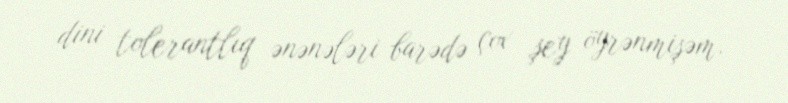
dini tolerantlıq ənənələri barədə çox şey öyrənmişəm.